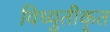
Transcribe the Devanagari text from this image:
विध्युतीकृत